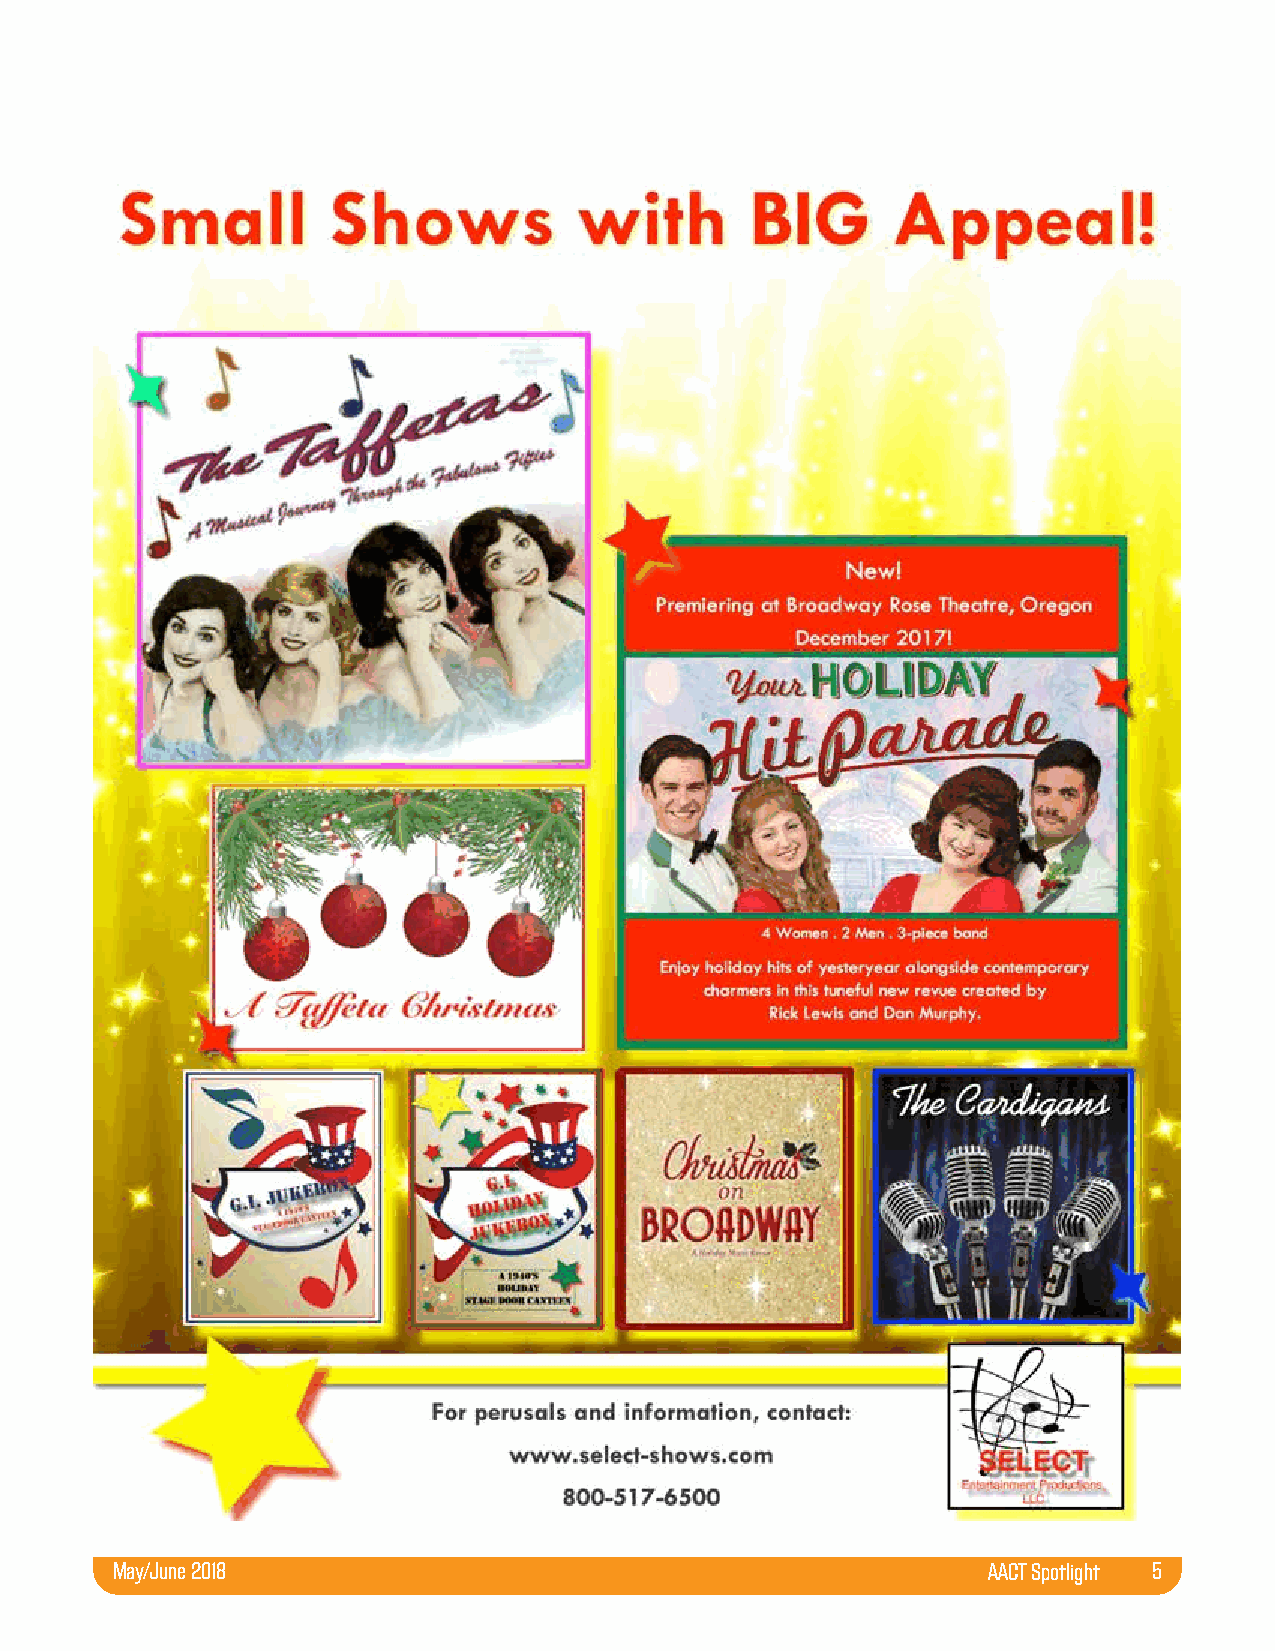
Follow us on Twitter
 May/June 2018                                             AACT Spotlight 5